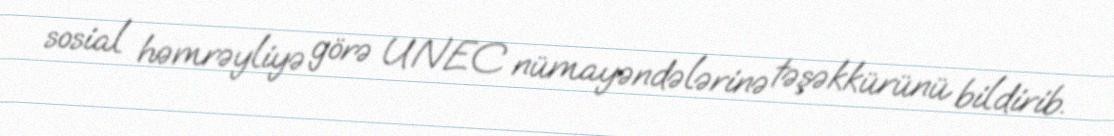
sosial həmrəyliyə görə UNEC nümayəndələrinə təşəkkürünü bildirib.